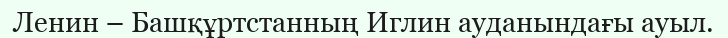
Ленин – Башқұртстанның Иглин ауданындағы ауыл.